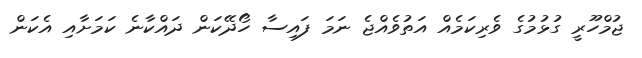
ޖުމްހޫރީ ގުޅުމުގެ ވެރިކަމެއް އަތުވެއްޖެ ނަަމަ ފައިސާ ހޯދޭކަން ދައްކާނެ ކަމަށާއި އެކަން